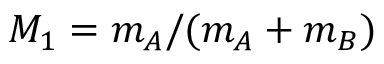
M _ { 1 } = m _ { A } / ( m _ { A } + m _ { B } )